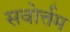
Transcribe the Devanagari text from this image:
सवोर्त्तम